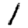
Digit: 1